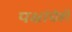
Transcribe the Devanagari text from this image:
पक्षांचेही